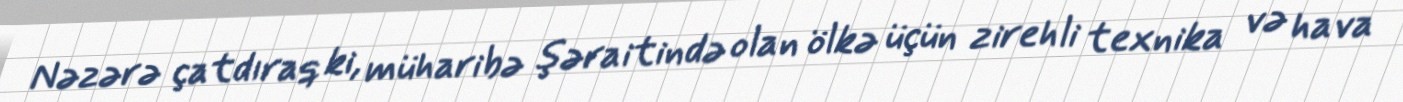
Nəzərə çatdıraq ki, müharibə şəraitində olan ölkə üçün zirehli texnika və hava